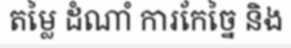
តម្លៃ ដំណាំ ការកែច្នៃ និង